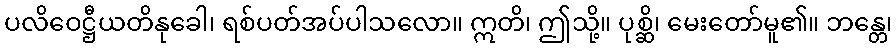
ပလိဝေဋ္ဌီယတိနုခေါ၊ ရစ်ပတ်အပ်ပါသလော။ ဣတိ၊ ဤသို့။ ပုစ္ဆိ၊ မေးတော်မူ၏။ ဘန္တေ၊